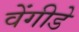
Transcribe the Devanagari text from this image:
वेंगीडे